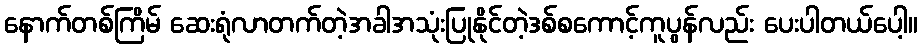
နောက်တစ်ကြိမ် ဆေးရုံလာတက်တဲ့အခါအသုံးပြုနိုင်တဲ့ဒစ်စကောင့်ကူပွန်လည်း ပေးပါတယ်ပေါ့။